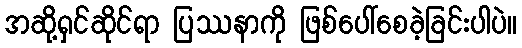
အဆို့ရှင်ဆိုင်ရာ ပြဿနာကို ဖြစ်ပေါ်စေခဲ့ခြင်းပါပဲ။